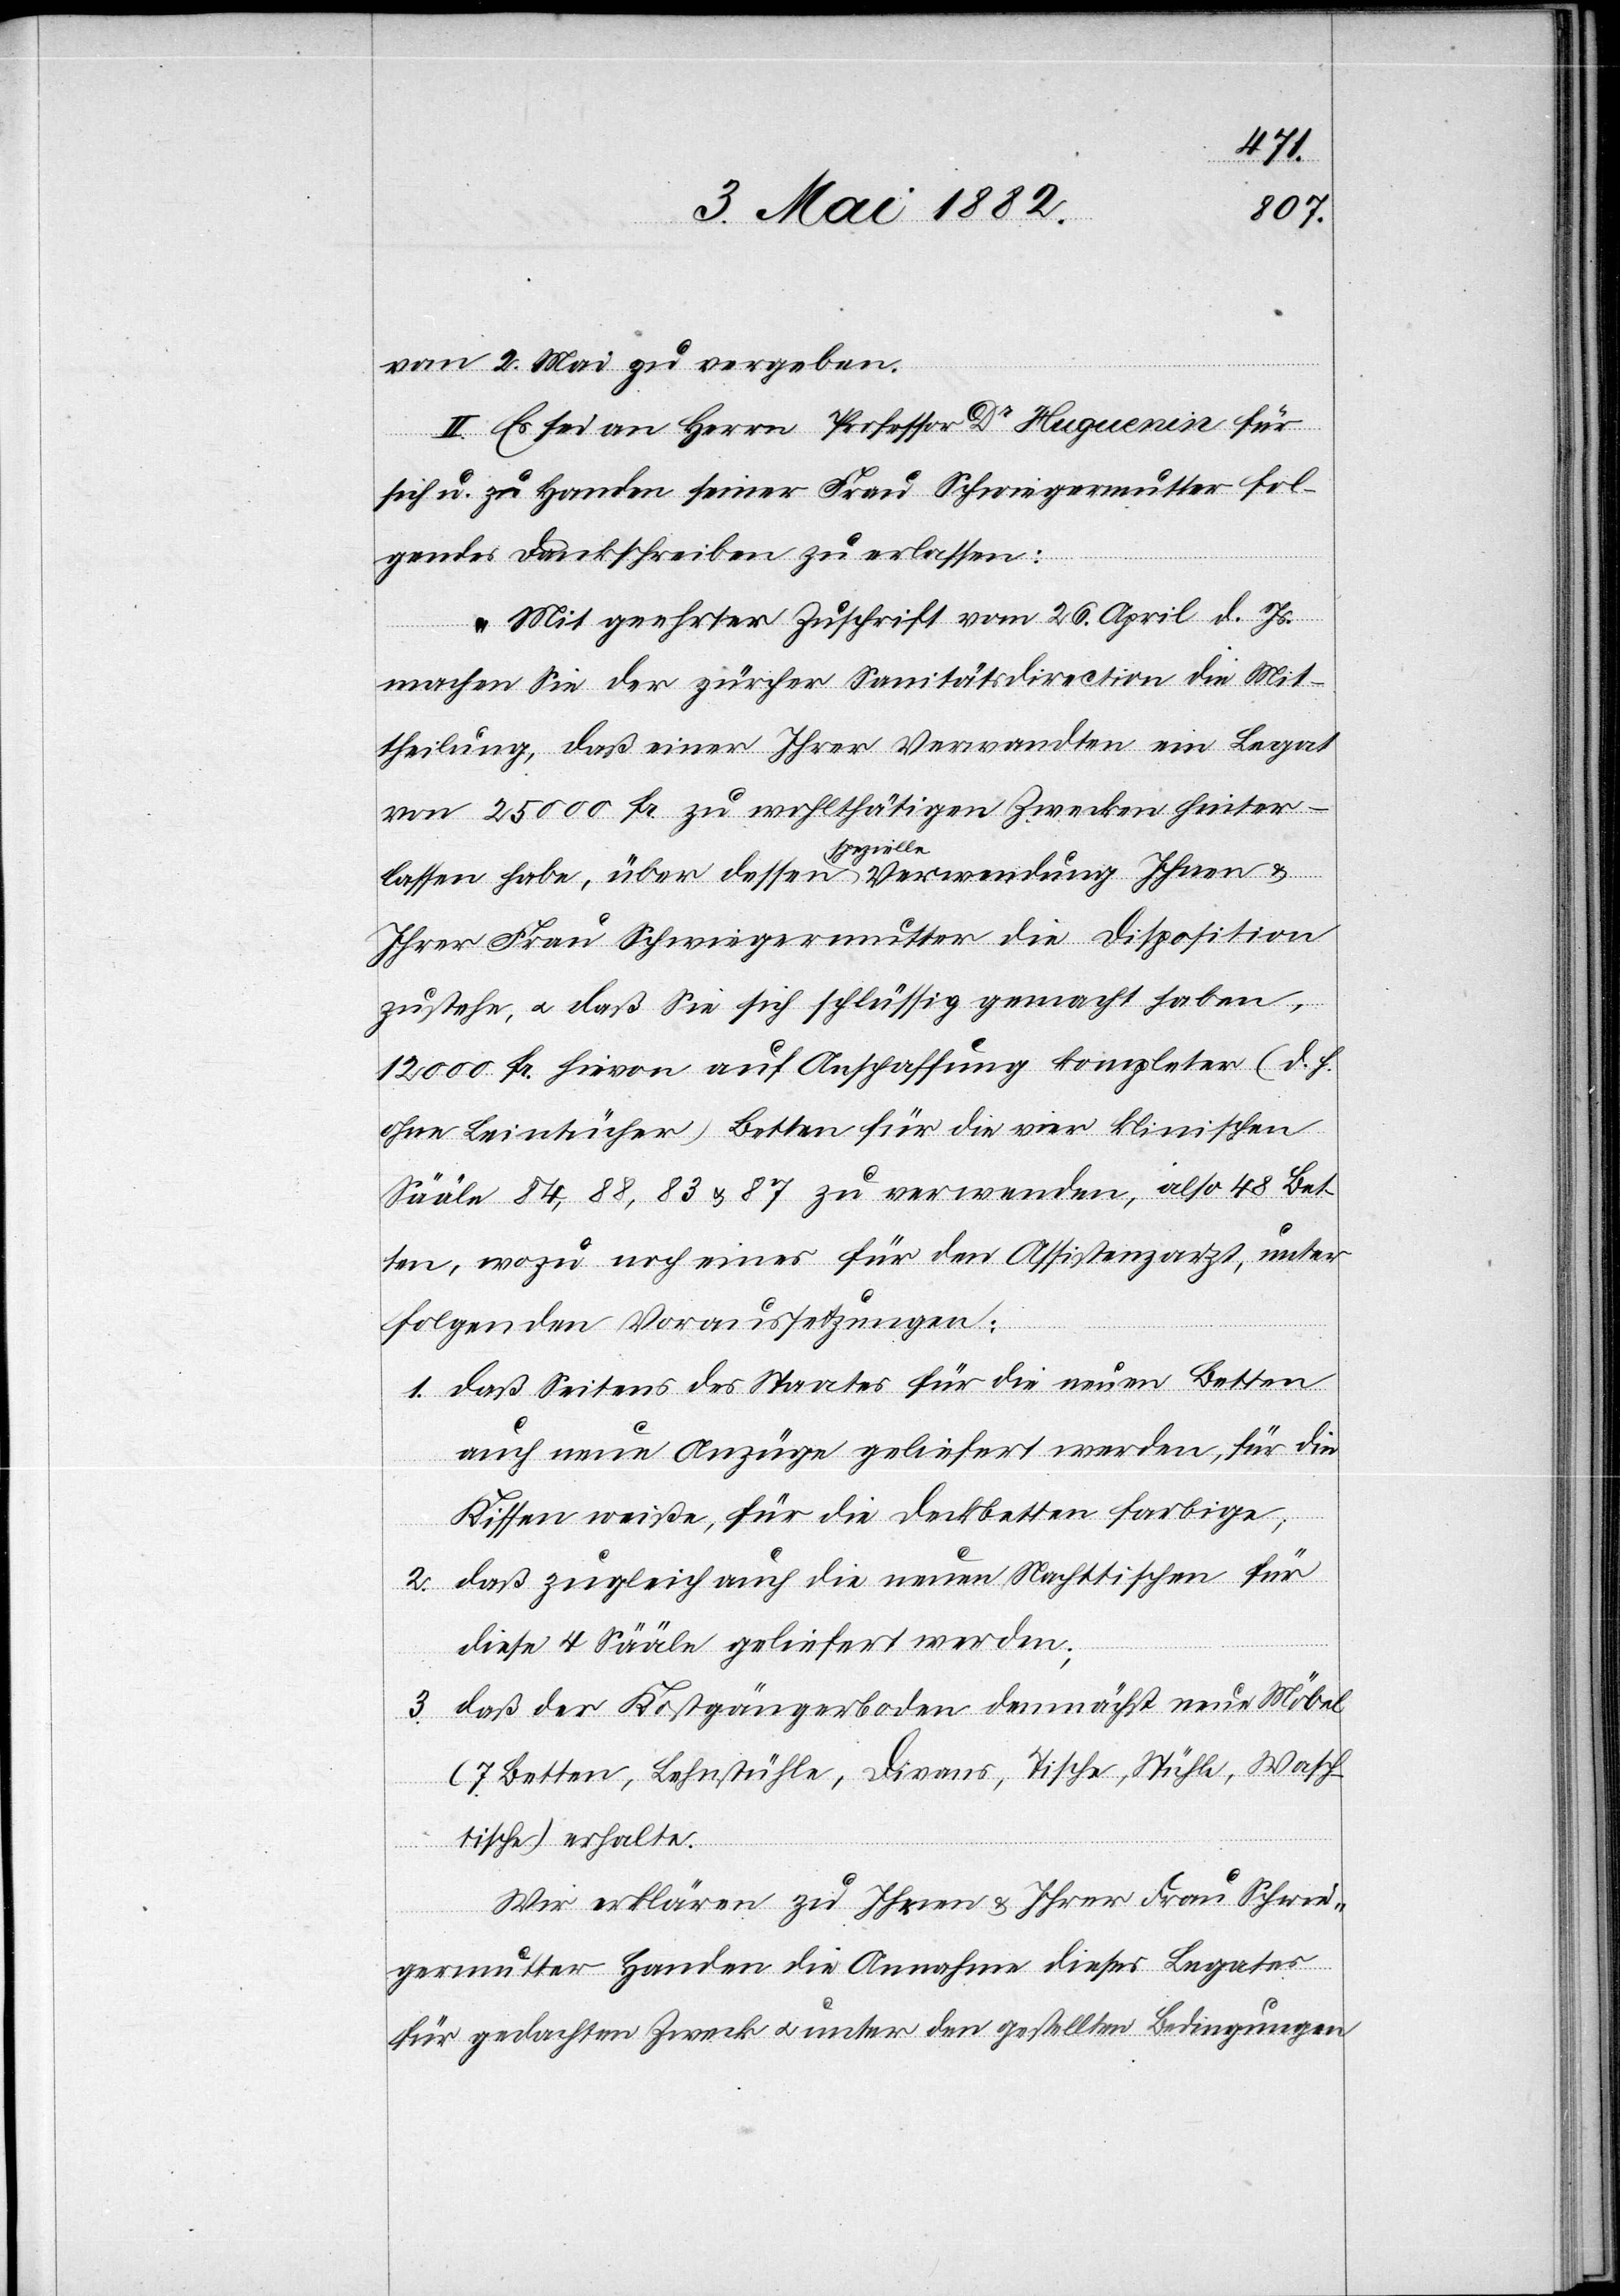
vom 2. Mai zu vergeben.
II. Es sei an Herrn Professor Dr Huguenin für
sich u. zu Handen seiner Frau Schwiegermutter fol¬
gendes Dankschreiben zu erlassen:
„Mit geehrter Zuschrift vom 26. April d. Js.
machen Sie der zürcher Sanitätsdirection die Mit¬
theilung, daß einer Ihrer Verwandten ein Legat
von 25 000 Fr. zu wohlthätigen Zwecken hinter¬
pezielle
Verwendung Ihnen &
lassen habe, über dessen s¬
Ihrer Frau Schwiegermutter die Disposition
zustehe, u. daß sie sich schlüssig gemacht haben,
12 000 Fr. hievon auf Anschaffung kompleter (d. h.
ohne Leintücher) Betten für die vier klinischen
Sääle 84, 88, 83 & 87 zu verwenden, also 48 Bet¬
ten, wozu noch eines für den Assistenzarzt, unter
folgenden Voraussetzungen:
1. daß Seitens des Staates für die neuen Betten
auch neue Anzüge geliefert werden, für die
Kissen weiße, für die Deckbetten farbige;
2. daß zugleich auch die neuen Nachttisch[ch]en für
diese 4 Sääle geliefert werden;
3. das der Kostgängerboden demnächst neue Möbel
(7 Betten, Lehnstühle, Divans, Tische, Stühle, Wasch¬
tische) erhalte.
Wir erklären zu Ihren & Ihrer Frau Schwie¬
germutter Handen die Annahme dieses Legates
für gedachten Zweck u. unter den gestellten Bedingungen